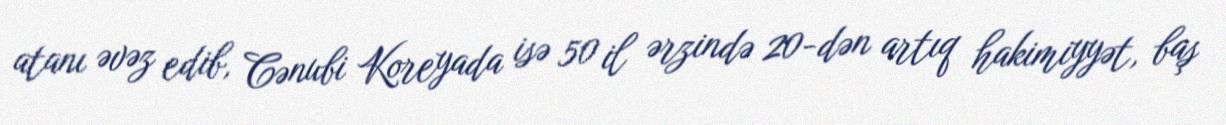
atanı əvəz edib, Cənubi Koreyada isə 50 il ərzində 20-dən artıq hakimiyyət, baş